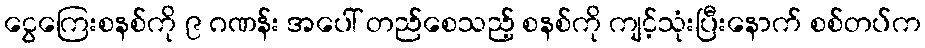
ငွေကြေးစနစ်ကို ၉ ဂဏန်း အပေါ် တည်စေသည့် စနစ်ကို ကျင့်သုံးပြီးနောက် စစ်တပ်က